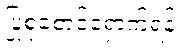
ပြုစုစောင့်ရှောက်ရန်